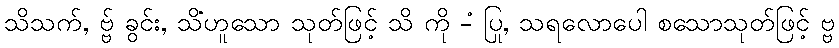
သိသက်, ဗ္ဗ် ခွင်း, သိံဟူသော သုတ်ဖြင့် သိ ကို -ံ ပြု, သရလောပေါ စသောသုတ်ဖြင့် ဗ္ဗ